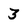
Character: 3